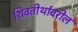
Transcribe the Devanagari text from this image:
शिवतीर्थावरील